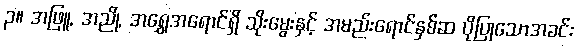
၃။ အဖြူ, အညို, အရွှေအရောင်ရှိ သိုးမွေးနှင့် အမည်းရောင်နှစ်ဆ ပိုပြုသောအခင်း